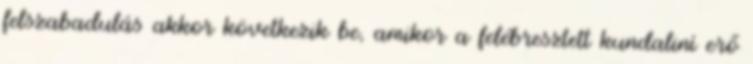
felszabadulás akkor következik be, amikor a felébresztett kundaliní erő